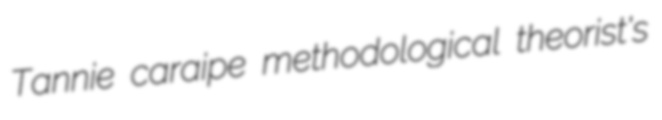
Tannie caraipe methodological theorist's